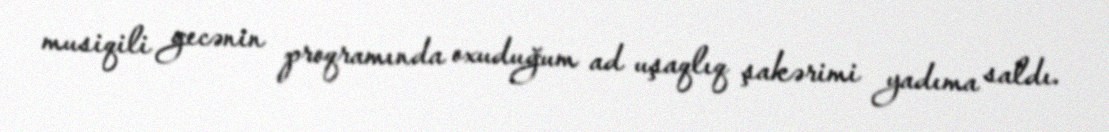
musiqili gecənin proqramında oxuduğum ad uşaqlıq şakərimi yadıma saldı.